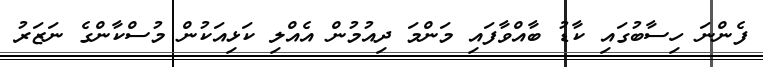
ފެންނަ ހިސާބުގައި ކާޑު ބާއްވާފައި މަންމަ ދިއުމުން އެއްލި ކަޅިއަކުން މުސްކާންގެ ނަޒަރު